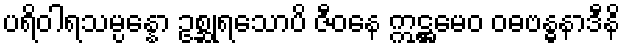
ပရိဝါရသမ္ပန္နော ဥစ္ဆုရသောပိ ဇီဝနေ ဣဋ္ဌမေဝ ဝဓဗန္ဓနာဒီနိ